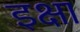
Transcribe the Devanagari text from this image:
इक्षा